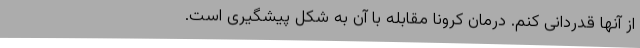
از آنها قدردانی کنم. درمان کرونا مقابله با آن به شکل پیشگیری است.